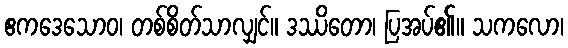
ဧကဒေသောဝ၊ တစ်စိတ်သာလျှင်။ ဒဿိတော၊ ပြအပ်၏။ သကလော၊